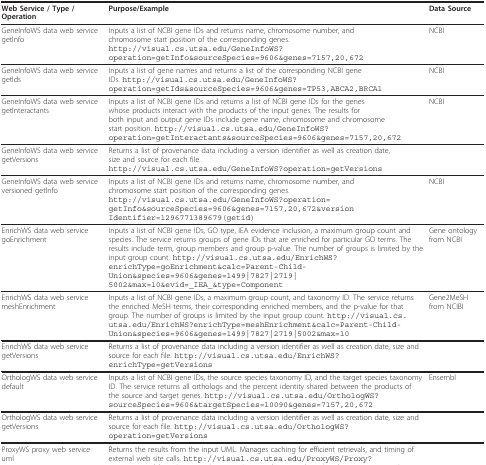
<table><thead><tr><td><b>Web Service / Type / Operation</b></td><td><b>Purpose/Example</b></td><td><b>Data Source</b></td></tr></thead><tbody><tr><td>GeneInfoWS data web service getInfo</td><td>Inputs a list of NCBI gene IDs and returns name, chromosome number, and chromosome start position of the corresponding genes. http://visual.cs.utsa.edu/GeneInfoWS?operation=getInfo&amp;sourceSpecies=9606&amp;genes=7157,20,672</td><td>NCBI</td></tr><tr><td>GeneInfoWS data web service getIds</td><td>Inputs a list of gene names and returns a list of the corresponding NCBI gene IDs. http://visual.cs.utsa.edu/GeneInfoWS?operation=getIds&amp;sourceSpecies=9606&amp;genes=TP53,ABCA2,BRCA1</td><td>NCBI</td></tr><tr><td>GeneInfoWS data web service getInteractants</td><td>Inputs a list of NCBI gene IDs and returns a list of NCBI gene IDs for the genes whose products interact with the products of the input genes. The results for both input and output gene IDs include gene name, chromosome and chromosome start position. http://visual.cs.utsa.edu/GeneInfoWS?operation=getInteractants&amp;sourceSpecies=9606&amp;genes=7157,20,672</td><td>NCBI</td></tr><tr><td>GeneInfoWS data web service getVersions</td><td>Returns a list of provenance data including a version identifier as well as creation date, size and source for each file. http://visual.cs.utsa.edu/GeneInfoWS?operation=getVersions</td><td></td></tr><tr><td>GeneInfoWS data web service versioned getInfo</td><td>Inputs a list of NCBI gene IDs and returns name, chromosome number, and chromosome start position of the corresponding genes. http://visual.cs.utsa.edu/GeneInfoWS?operation=getInfo&amp;sourceSpecies=9606&amp;genes=7157,20,672&amp;versionIdentifier=1296771389679(getid)</td><td>NCBI</td></tr><tr><td>EnrichWS data web service goEnrichment</td><td>Inputs a list of NCBI gene IDs, GO type, IEA evidence inclusion, a maximum group count and species. The service returns groups of gene IDs that are enriched for particular GO terms. The results include term, group members and group p-value. The number of groups is limited by the input group count. http://visual.cs.utsa.edu/EnrichWS?enrichType=goEnrichment&amp;calc=Parent-Child-Union&amp;species=9606&amp;genes=1499|7827|2719|5002&amp;max=10&amp;evid=_IEA_&amp;type=Component</td><td>Gene ontology from NCBI</td></tr><tr><td>EnrichWS data web service meshEnrichment</td><td>Inputs a list of NCBI gene IDs, a maximum group count, and taxonomy ID. The service returns the enriched MeSH terms, their corresponding enriched members, and the p-value for that group. The number of groups is limited by the input group count. http://visual.cs.utsa.edu/EnrichWS?enrichType=meshEnrichment&amp;calc=Parent-Child-Union&amp;species=9606&amp;genes=1499|7827|2719|5002&amp;max=10</td><td>Gene2MeSH from NCIBI</td></tr><tr><td>EnrichWS data web service getVersions</td><td>Returns a list of provenance data including a version identifier as well as creation date, size and source for each file. http://visual.cs.utsa.edu/EnrichWS?enrichType=getVersions</td><td></td></tr><tr><td>OrthologWS data web service default</td><td>Inputs a list of NCBI gene IDs, the source species taxonomy ID, and the target species taxonomy ID. The service returns all orthologs and the percent identity shared between the products of the source and target genes. http://visual.cs.utsa.edu/OrthologWS?sourceSpecies=9606&amp;targetSpecies=10090&amp;genes=7157,20,672</td><td>Ensembl</td></tr><tr><td>OrthologWS data web service getVersions</td><td>Returns a list of provenance data including a version identifier as well as creation date, size and source for each file. http://visual.cs.utsa.edu/OrthologWS?operation=getVersions</td><td></td></tr><tr><td>ProxyWS proxy web service uml</td><td>Returns the results from the input UML. Manages caching for efficient retrievals, and timing of external web site calls. http://visual.cs.utsa.edu/ProxyWS/Proxy?url=http://eutils.ncbi.nlm.nih.gov/entrez/eutils/esummary.fcgi?db=gene&amp;id=7157,20,672&amp;retmode=xml</td><td></td></tr></tbody></table>